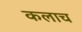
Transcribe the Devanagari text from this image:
कलाच